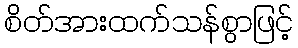
စိတ်အားထက်သန်စွာဖြင့်